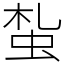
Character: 蚻